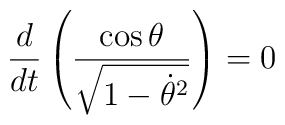
\frac{d}{dt}\left(\frac{\cos\theta}{\sqrt{1-\dot{\theta}^2}}\right) = 0